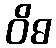
ဝိဓ